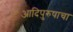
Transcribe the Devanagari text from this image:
आदिपुरुषाचा